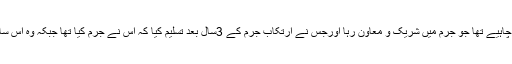
اس وجہ سے عدالت کو مسعود محمود کو مشکوک گواہ سمجھا جانا چاہیے تھا جو جرم میں شریک و معاون رہا اورجس نے ارتکاب جرم کے 3سال بعد تسلیم کیا کہ اس نے جرم کیا تھا جبکہ وہ اس سارے عرصے میں قید تنہائی اور تشدد اور خوف میں مبتلا رکھا گیا۔